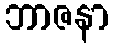
ဘာဇနာ